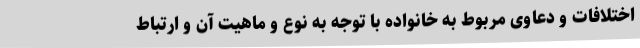
اختلافات و دعاوی مربوط به خانواده با توجه به نوع و ماهیت آن و ارتباط